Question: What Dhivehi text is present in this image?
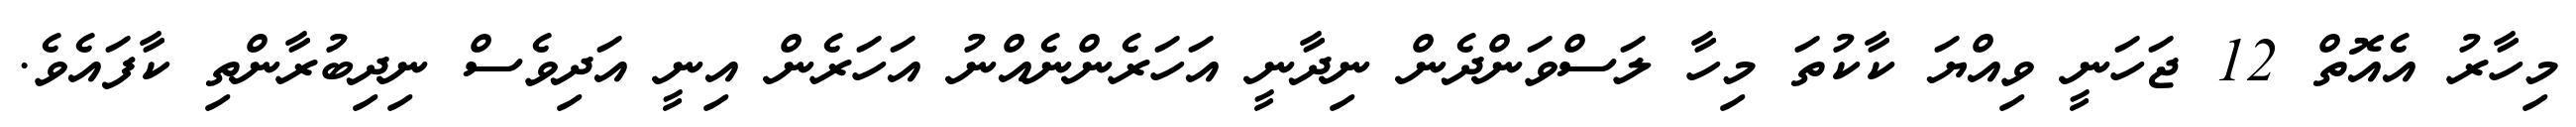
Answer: މިހާރު އެއޮތް 12 ޖަހަނީ ވިއްޔަ ކާކުތަ މިހާ ލަސްވަންދެން ނިދާނީ އަހަރެންނެއްނު އަހަރެން އިނީ އަދިވެސް ނިދިބުރާންތި ކާފައެވެ.